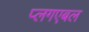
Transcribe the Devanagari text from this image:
प्लगएबल